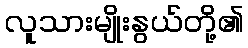
လူသားမျိုးနွယ်တို့၏